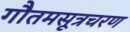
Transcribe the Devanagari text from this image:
गौतमसूत्रचरण